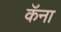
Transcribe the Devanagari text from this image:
कॅना